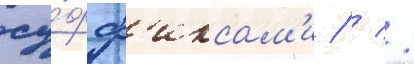
су́фф'иксам'и / / /